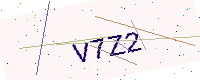
Text: V7Z2